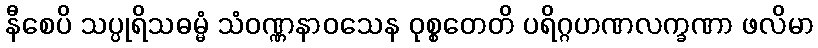
နီစေပိ သပ္ပုရိသဓမ္မံ သံဝဏ္ဏနာဝသေန ဝုစ္စတေတိ ပရိဂ္ဂဟဏလက္ခဏာ ဖလိမာ